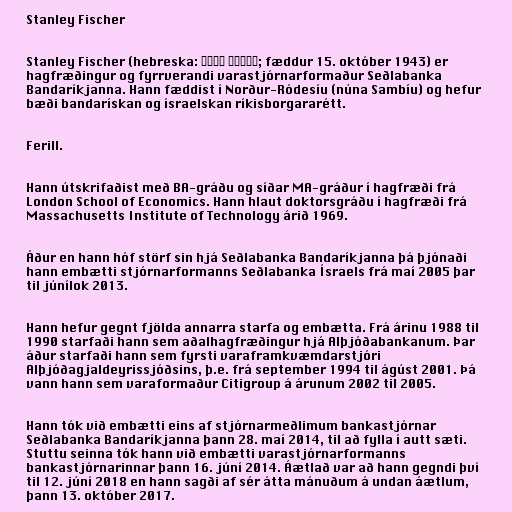
Stanley Fischer

Stanley Fischer (hebreska: סטנלי פישר‎; fæddur 15. október 1943) er
hagfræðingur og fyrrverandi varastjórnarformaður Seðlabanka
Bandaríkjanna. Hann fæddist í Norður-Ródesíu (núna Sambíu) og hefur
bæði bandarískan og ísraelskan ríkisborgararétt.

Ferill.

Hann útskrifaðist með BA-gráðu og síðar MA-gráður í hagfræði frá
London School of Economics. Hann hlaut doktorsgráðu í hagfræði frá
Massachusetts Institute of Technology árið 1969.

Áður en hann hóf störf sin hjá Seðlabanka Bandaríkjanna þá þjónaði
hann embætti stjórnarformanns Seðlabanka Ísraels frá maí 2005 þar
til júnílok 2013.

Hann hefur gegnt fjölda annarra starfa og embætta. Frá árinu 1988 til
1990 starfaði hann sem aðalhagfræðingur hjá Alþjóðabankanum. Þar
áður starfaði hann sem fyrsti varaframkvæmdarstjóri
Alþjóðagjaldeyrissjóðsins, þ.e. frá september 1994 til ágúst 2001. Þá
vann hann sem varaformaður Citigroup á árunum 2002 til 2005.

Hann tók við embætti eins af stjórnarmeðlimum bankastjórnar
Seðlabanka Bandaríkjanna þann 28. maí 2014, til að fylla í autt sæti.
Stuttu seinna tók hann við embætti varastjórnarformanns
bankastjórnarinnar þann 16. júní 2014. Áætlað var að hann gegndi því
til 12. júní 2018 en hann sagði af sér átta mánuðum á undan áætlum,
þann 13. október 2017.